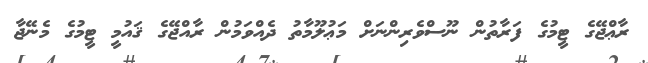
ރާޢްޖޭގެ ޓީމުގެ ފަރާތުން ނޫސްވެރިންނަށް މަޢުލޫމާތު ދެއްވަމުން ރާއްޖޭގެ ޤައުމީ ޓީމުގެ މެނޭޖާ